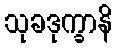
သုခဒုက္ခာနိ